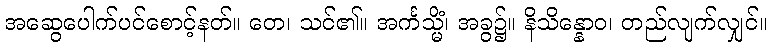
အဆွေပေါက်ပင်စောင့်နတ်။ တေ၊ သင်၏။ အင်္ကသ္မိံ၊ အခွ၌။ နိသိန္နောဝ၊ တည်လျက်လျှင်။